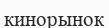
кинорынок